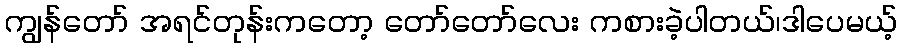
ကျွန်တော် အရင်တုန်းကတော့ တော်တော်လေး ကစားခဲ့ပါတယ်၊ဒါပေမယ့်